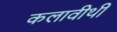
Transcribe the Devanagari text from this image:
कलावीथी